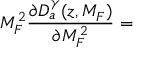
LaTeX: M _ { F } ^ { 2 } \frac { \partial D _ { a } ^ { \gamma } ( z , M _ { F } ) } { \partial M _ { F } ^ { 2 } } =